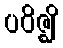
ပဝိဇ္ဈိ